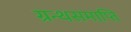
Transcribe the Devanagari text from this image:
ग्रन्थसमाप्ति